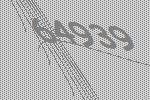
64939